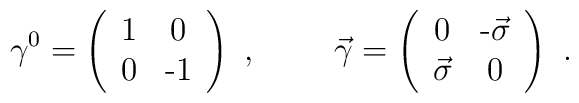
\gamma^{0} = \left( \begin{array}{cc} 1 & 0 \\ 0 & $-$1                        \end{array} \right)~,~~~~~~~   \vec{\gamma} = \left( \begin{array}{cc} 0 & $-$\vec{\sigma} \\                          \vec{\sigma}  & 0                        \end{array} \right)~.